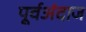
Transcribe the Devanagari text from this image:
पूर्वअंदाज